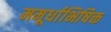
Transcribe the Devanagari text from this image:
ममूर्धाभिषिक्त